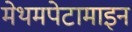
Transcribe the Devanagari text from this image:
मेथमपेटामाइन